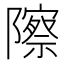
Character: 𬯠